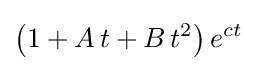
\left(1+A\,t+B\,t^{2}\right)e^{ct}